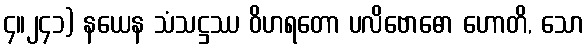
၄။၂၄၁) နယေန သံသဋ္ဌဿ ဝိဟရတော ပလိဗောဓော ဟောတိ, သော